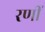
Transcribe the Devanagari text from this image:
रणीं